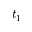
t _ { 1 }